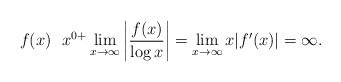
\begin{align*}f(x) \,\, \,\,x^{0+} \lim_{x \rightarrow \infty} \left| \frac{f(x)}{\log x}\right| = \lim_{x \rightarrow \infty} x |f'(x)| = \infty.\end{align*}